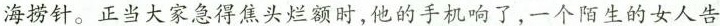
海捞针。正当大家急得焦头烂额时,他的手机响了一个陌生的女人告